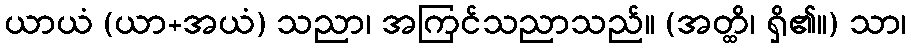
ယာယံ (ယာ+အယံ) သညာ၊ အကြင်သညာသည်။ (အတ္ထိ၊ ရှိ၏။) သာ၊